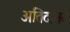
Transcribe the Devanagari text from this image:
अतिदानव